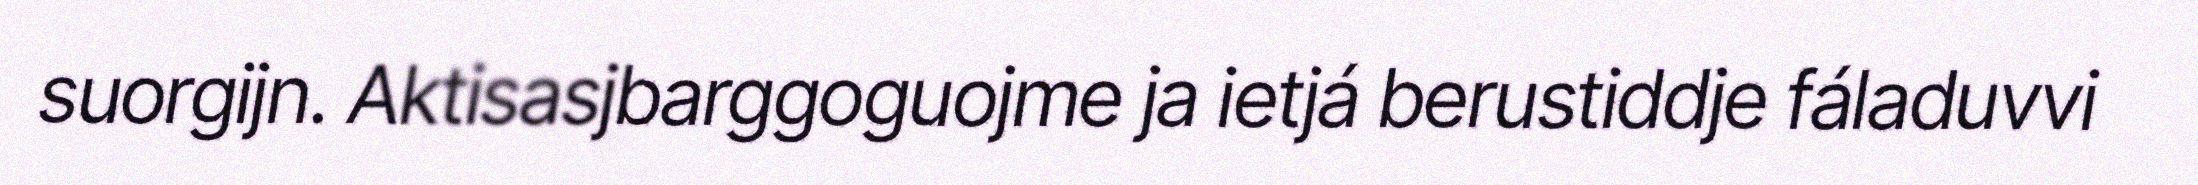
suorgijn. Aktisasjbarggoguojme ja ietjá berustiddje fáladuvvi